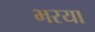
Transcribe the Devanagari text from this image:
भरया